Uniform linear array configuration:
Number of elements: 12
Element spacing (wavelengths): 0.25
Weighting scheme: hann
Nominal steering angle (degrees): -45
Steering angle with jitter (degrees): -46.52
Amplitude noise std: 0.05
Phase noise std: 0.05

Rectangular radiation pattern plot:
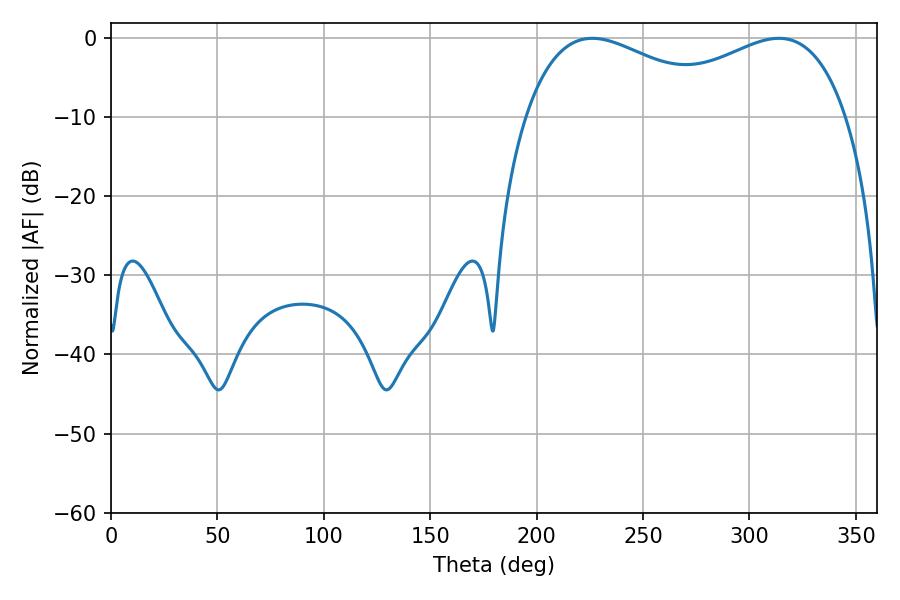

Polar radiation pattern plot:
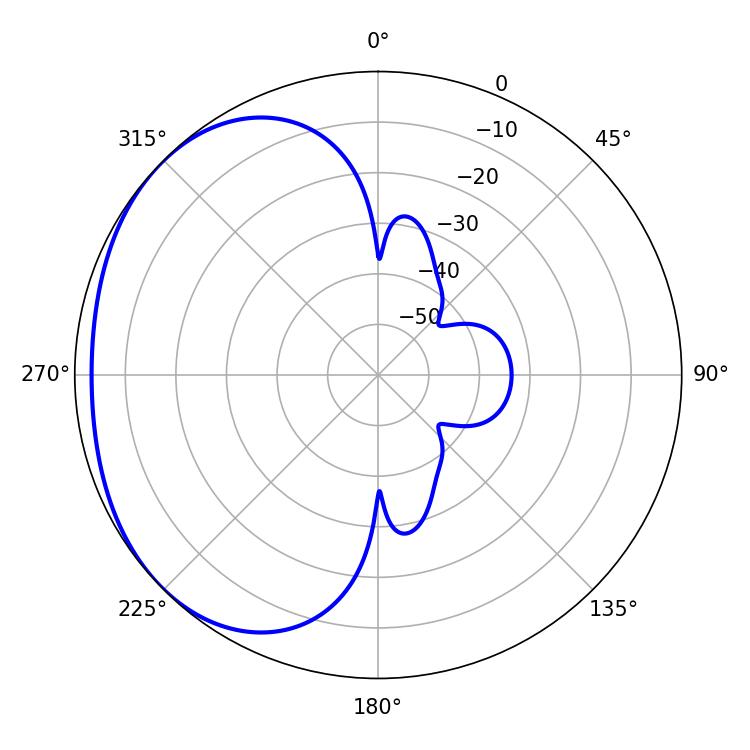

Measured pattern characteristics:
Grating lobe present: FALSE
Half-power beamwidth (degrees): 53.46
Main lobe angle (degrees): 226.08